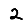
Digit: 2